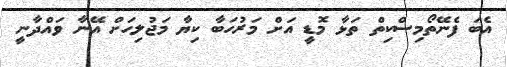
އެބަ ފެނޭތޯމިސްކިތް ތަޅާ މޮޑީ އަށް މަރުހަބާ ކިޔާ މަޖުލިހަށް އޭނާ ވައްދާނީ